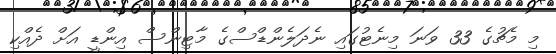
މި މެޗުގެ 33 ވަނަ މިނެޓުގައި ނެދަލެންޑްސްގެ މާޓިންސް އިންޑީ އަށް ދެއްކި